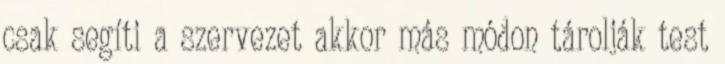
csak segíti a szervezet akkor más módon tárolják test